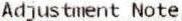
ADJUSTMENT NOTE